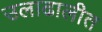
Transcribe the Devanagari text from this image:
उलाढालीत